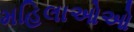
મહિલાઓઓ